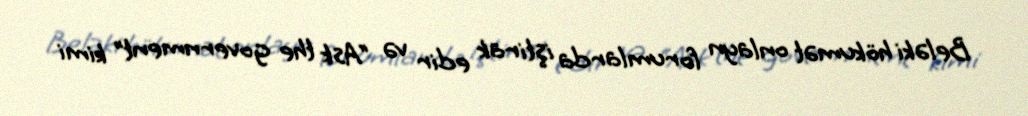
Beləki hökumət onlayn forumlarda iştirak edir və “Ask the government” kimi